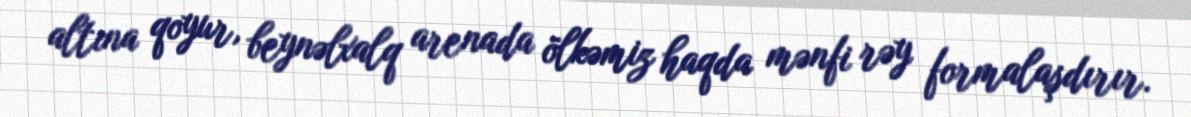
altına qoyur, beynəlxalq arenada ölkəmiz haqda mənfi rəy formalaşdırır.